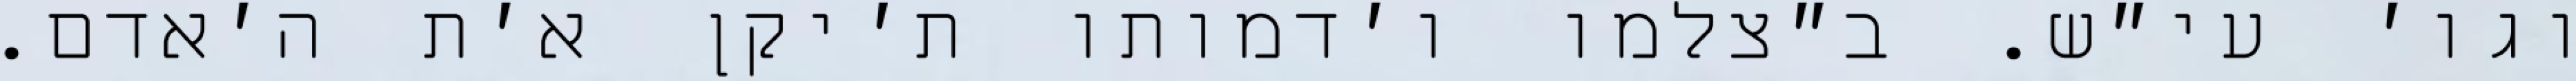
וגו׳ עי״ש. ב״צלמו ו׳דמותו ת׳יקן א׳ת ה׳אדם.